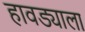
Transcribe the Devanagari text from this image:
हावड्याला